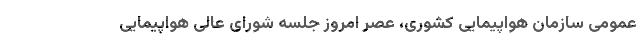
عمومی سازمان هواپیمایی کشوری، عصر امروز جلسه شورای عالی هواپیمایی